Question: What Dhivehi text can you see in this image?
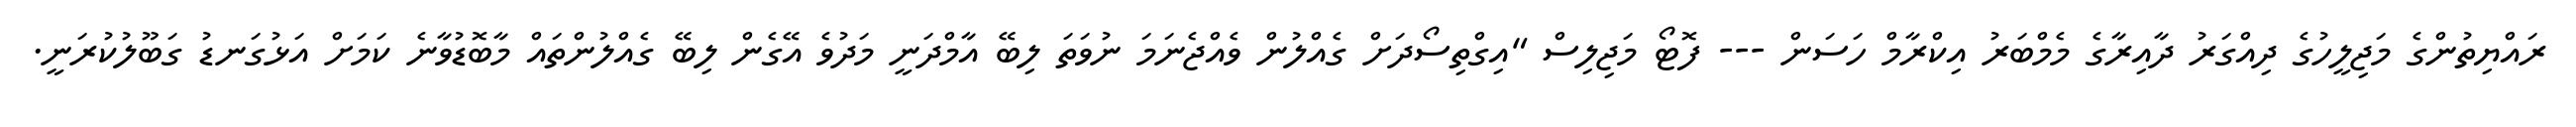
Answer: ރައްޔިތުންގެ މަޖިލީހުގެ ދިއްގަރު ދާއިރާގެ މެމްބަރު އިކްރާމް ހަސަން --- ފޮޓޯ މަޖިލިސް "އިގްތިސޯދަށް ގެއްލުން ވެއްޖެނަމަ ނުވަތަ ލިބޭ އާމްދަނީ މަދުވެ އޭގެން ލިބޭ ގެއްލުންތައް މާބޮޑުވާނެ ކަމަށް އަޅުގަނޑު ގަބޫލުކުރަނީ.